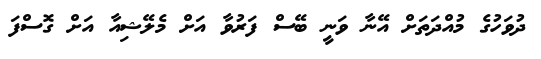
ދުވަހުގެ މުއްދަތަށް އޭނާ ވަނީ ބޭސް ފަރުވާ އަށް މެލޭޝިއާ އަށް ގޮސްފަ